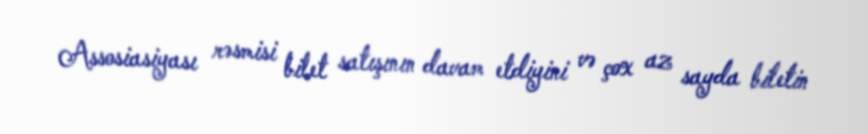
Assosiasiyası rəsmisi bilet satışının davam etdiyini və çox az sayda biletin